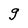
Character: g